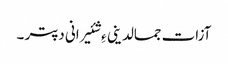
آزات جمالدینی ءِ شئیرانی دپتر ۔